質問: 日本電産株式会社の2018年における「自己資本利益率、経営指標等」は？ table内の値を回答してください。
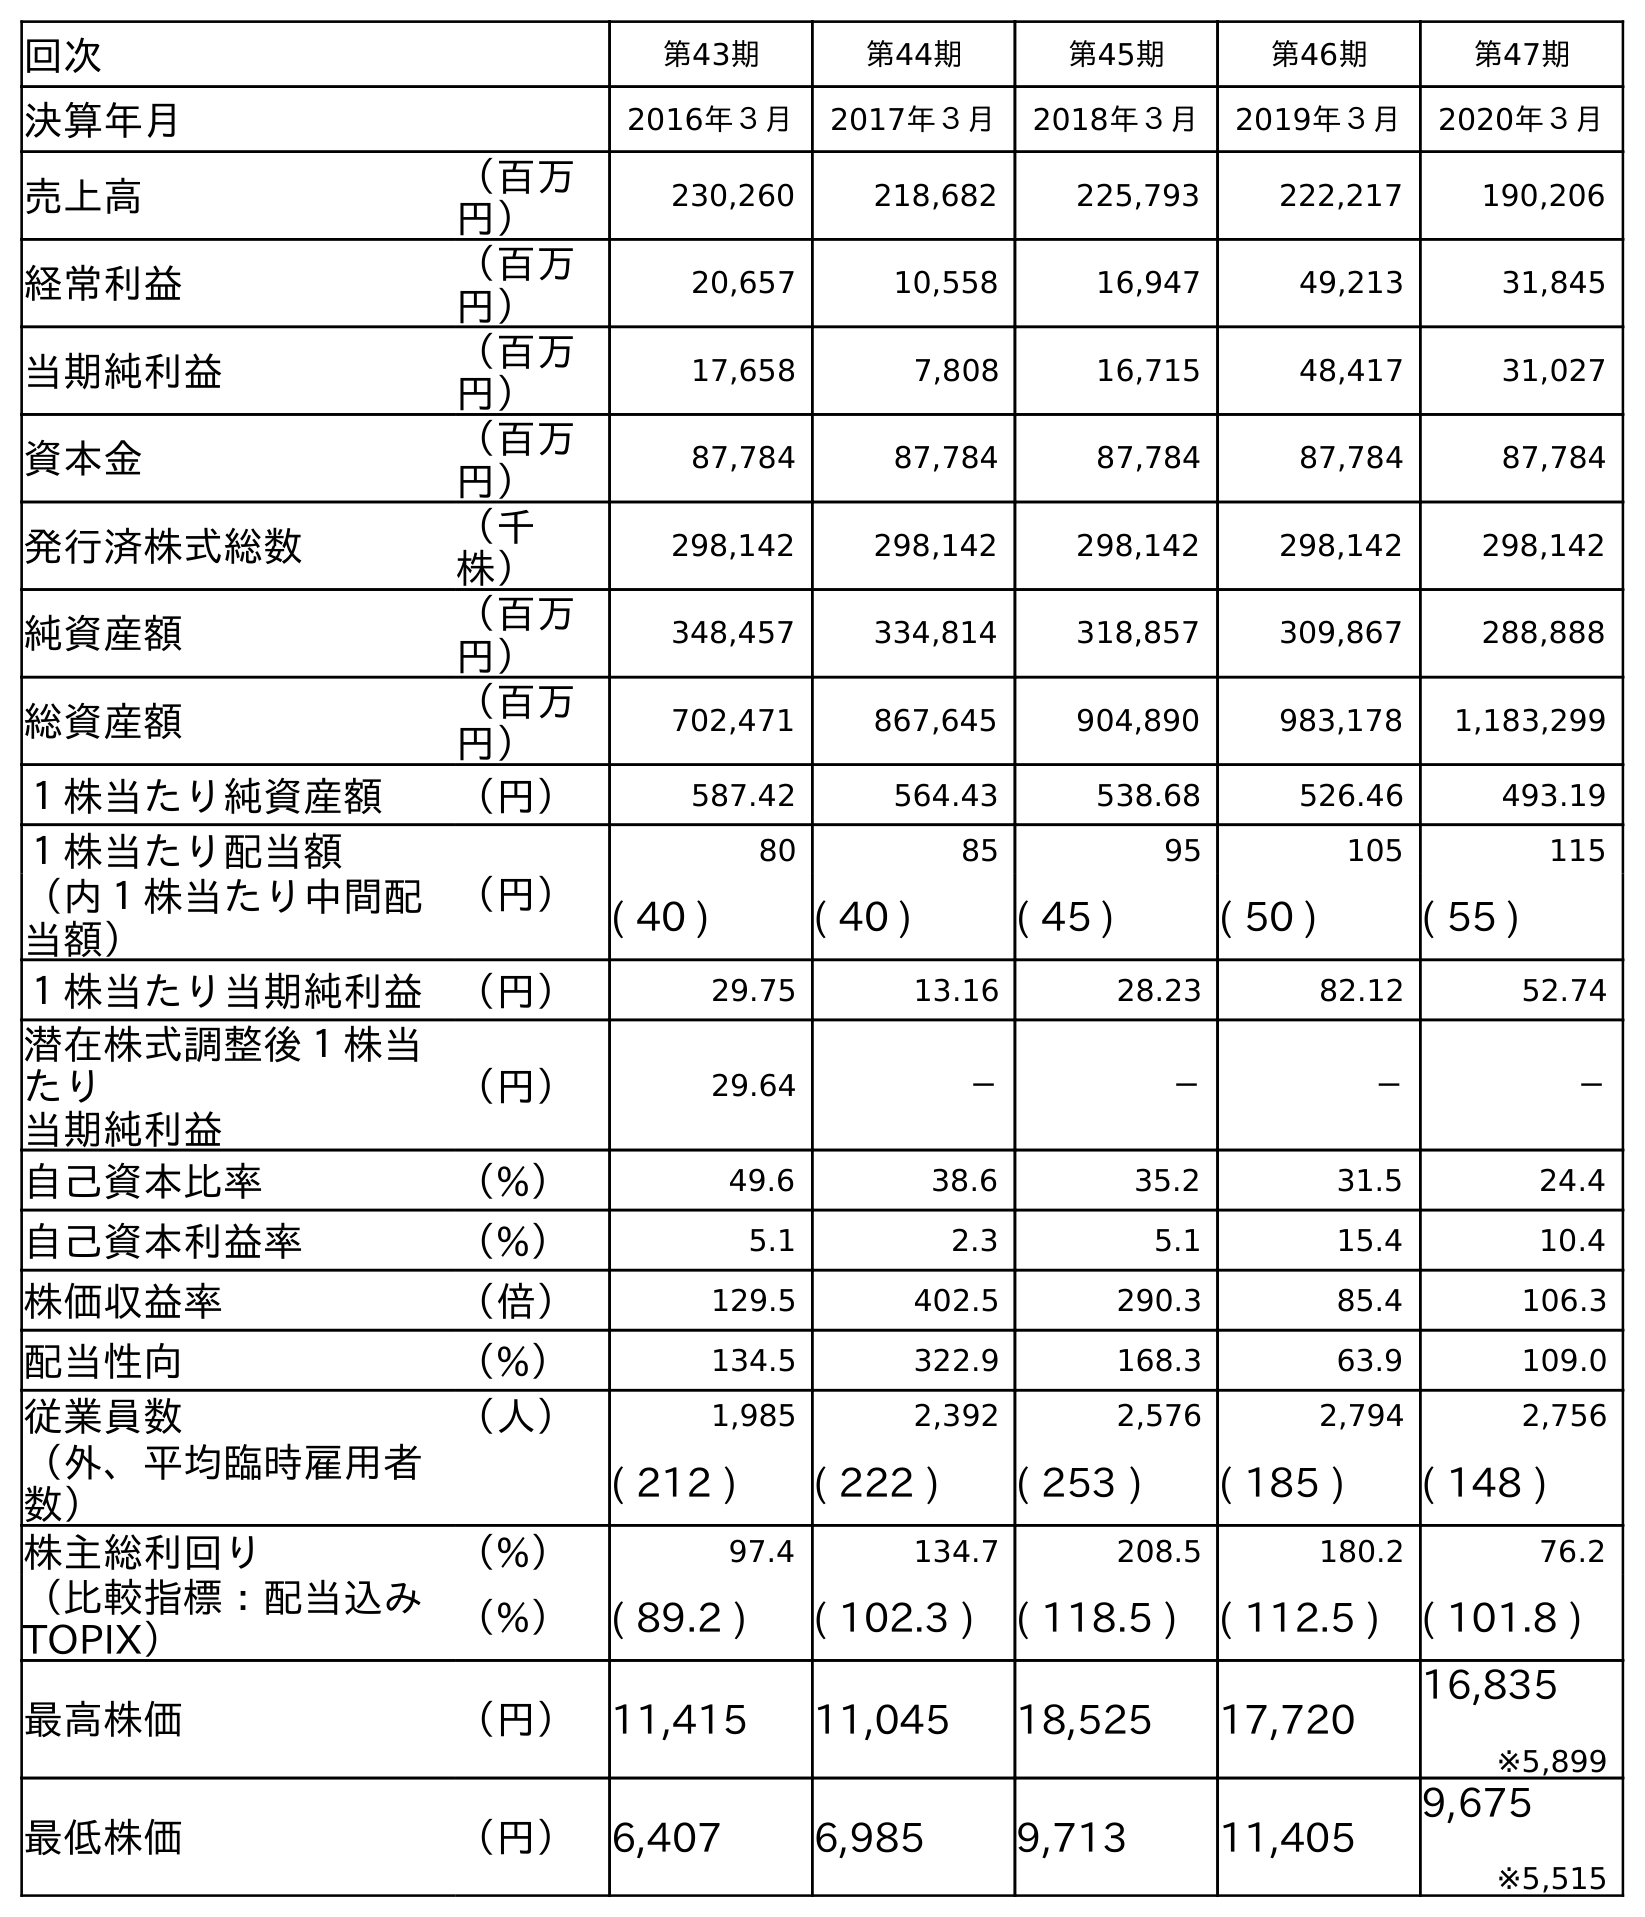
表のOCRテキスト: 回次 第43期 第44期 第45期 第46期 第47期 決算年月 2016年３月 2017年３月 2018年３月 2019年３月 2020年３月 売上高 （百万 円） 230,260 218,682 225,793 222,217 190,206 経常利益 （百万 円） 20,657 10,558 16,947 49,213 31,845 当期純利益 （百万 円） 17,658 7,808 16,715 48,417 31,027 資本金 （百万 円） 87,784 87,784 87,784 87,784 87,784 発行済株式総数 （千 株） 298,142 298,142 298,142 298,142 298,142 純資産額 （百万 円） 348,457 334,814 318,857 309,867 288,888 総資産額 （百万 円） 702,471 867,645 904,890 983,178 1,183,299 １株当たり純資産額 （円） 587.42 564.43 538.68 526.46 493.19 １株当たり配当額 （円） 80 85 95 105 115 （内１株当たり中間配 当額） ( 40 ) ( 40 ) ( 45 ) ( 50 ) ( 55 ) １株当たり当期純利益 （円） 29.75 13.16 28.23 82.12 52.74 潜在株式調整後１株当 たり 当期純利益 （円） 29.64 － － － － 自己資本比率 （%） 49.6 38.6 35.2 31.5 24.4 自己資本利益率 （%） 5.1 2.3 5.1 15.4 10.4 株価収益率 （倍） 129.5 402.5 290.3 85.4 106.3 配当性向 （%） 134.5 322.9 168.3 63.9 109.0 従業員数 （人） 1,985 2,392 2,576 2,794 2,756 （外、平均臨時雇用者 数） ( 212 ) ( 222 ) ( 253 ) ( 185 ) ( 148 ) 株主総利回り （%） 97.4 134.7 208.5 180.2 76.2 （比較指標：配当込み TOPIX） （%） ( 89.2 ) ( 102.3 ) ( 118.5 ) ( 112.5 ) ( 101.8 ) 最高株価 （円） 11,415 11,045 18,525 17,720 16,835 ※5,899 最低株価 （円） 6,407 6,985 9,713 11,405 9,675 ※5,515
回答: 5.1